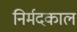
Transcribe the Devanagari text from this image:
निर्मदकाल